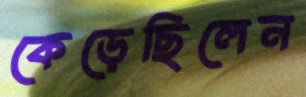
কেড়েছিলেন